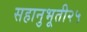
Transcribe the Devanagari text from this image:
सहानुभूती२५